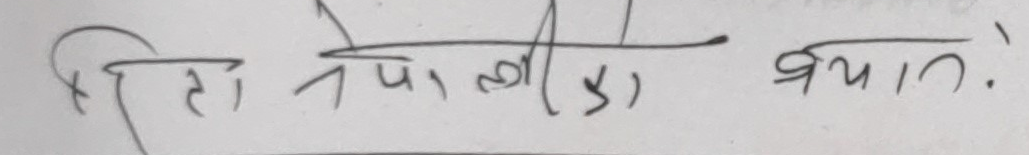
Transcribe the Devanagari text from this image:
प्रीति नेपाली ) बयात.